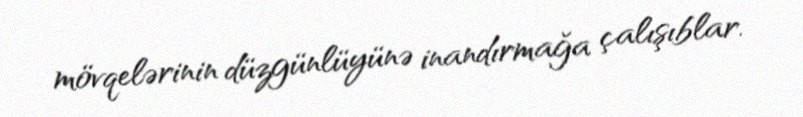
mövqelərinin düzgünlüyünə inandırmağa çalışıblar.